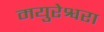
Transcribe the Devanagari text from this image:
मयुरेश्वरा